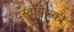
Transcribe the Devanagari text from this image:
दस्तोयव्स्की